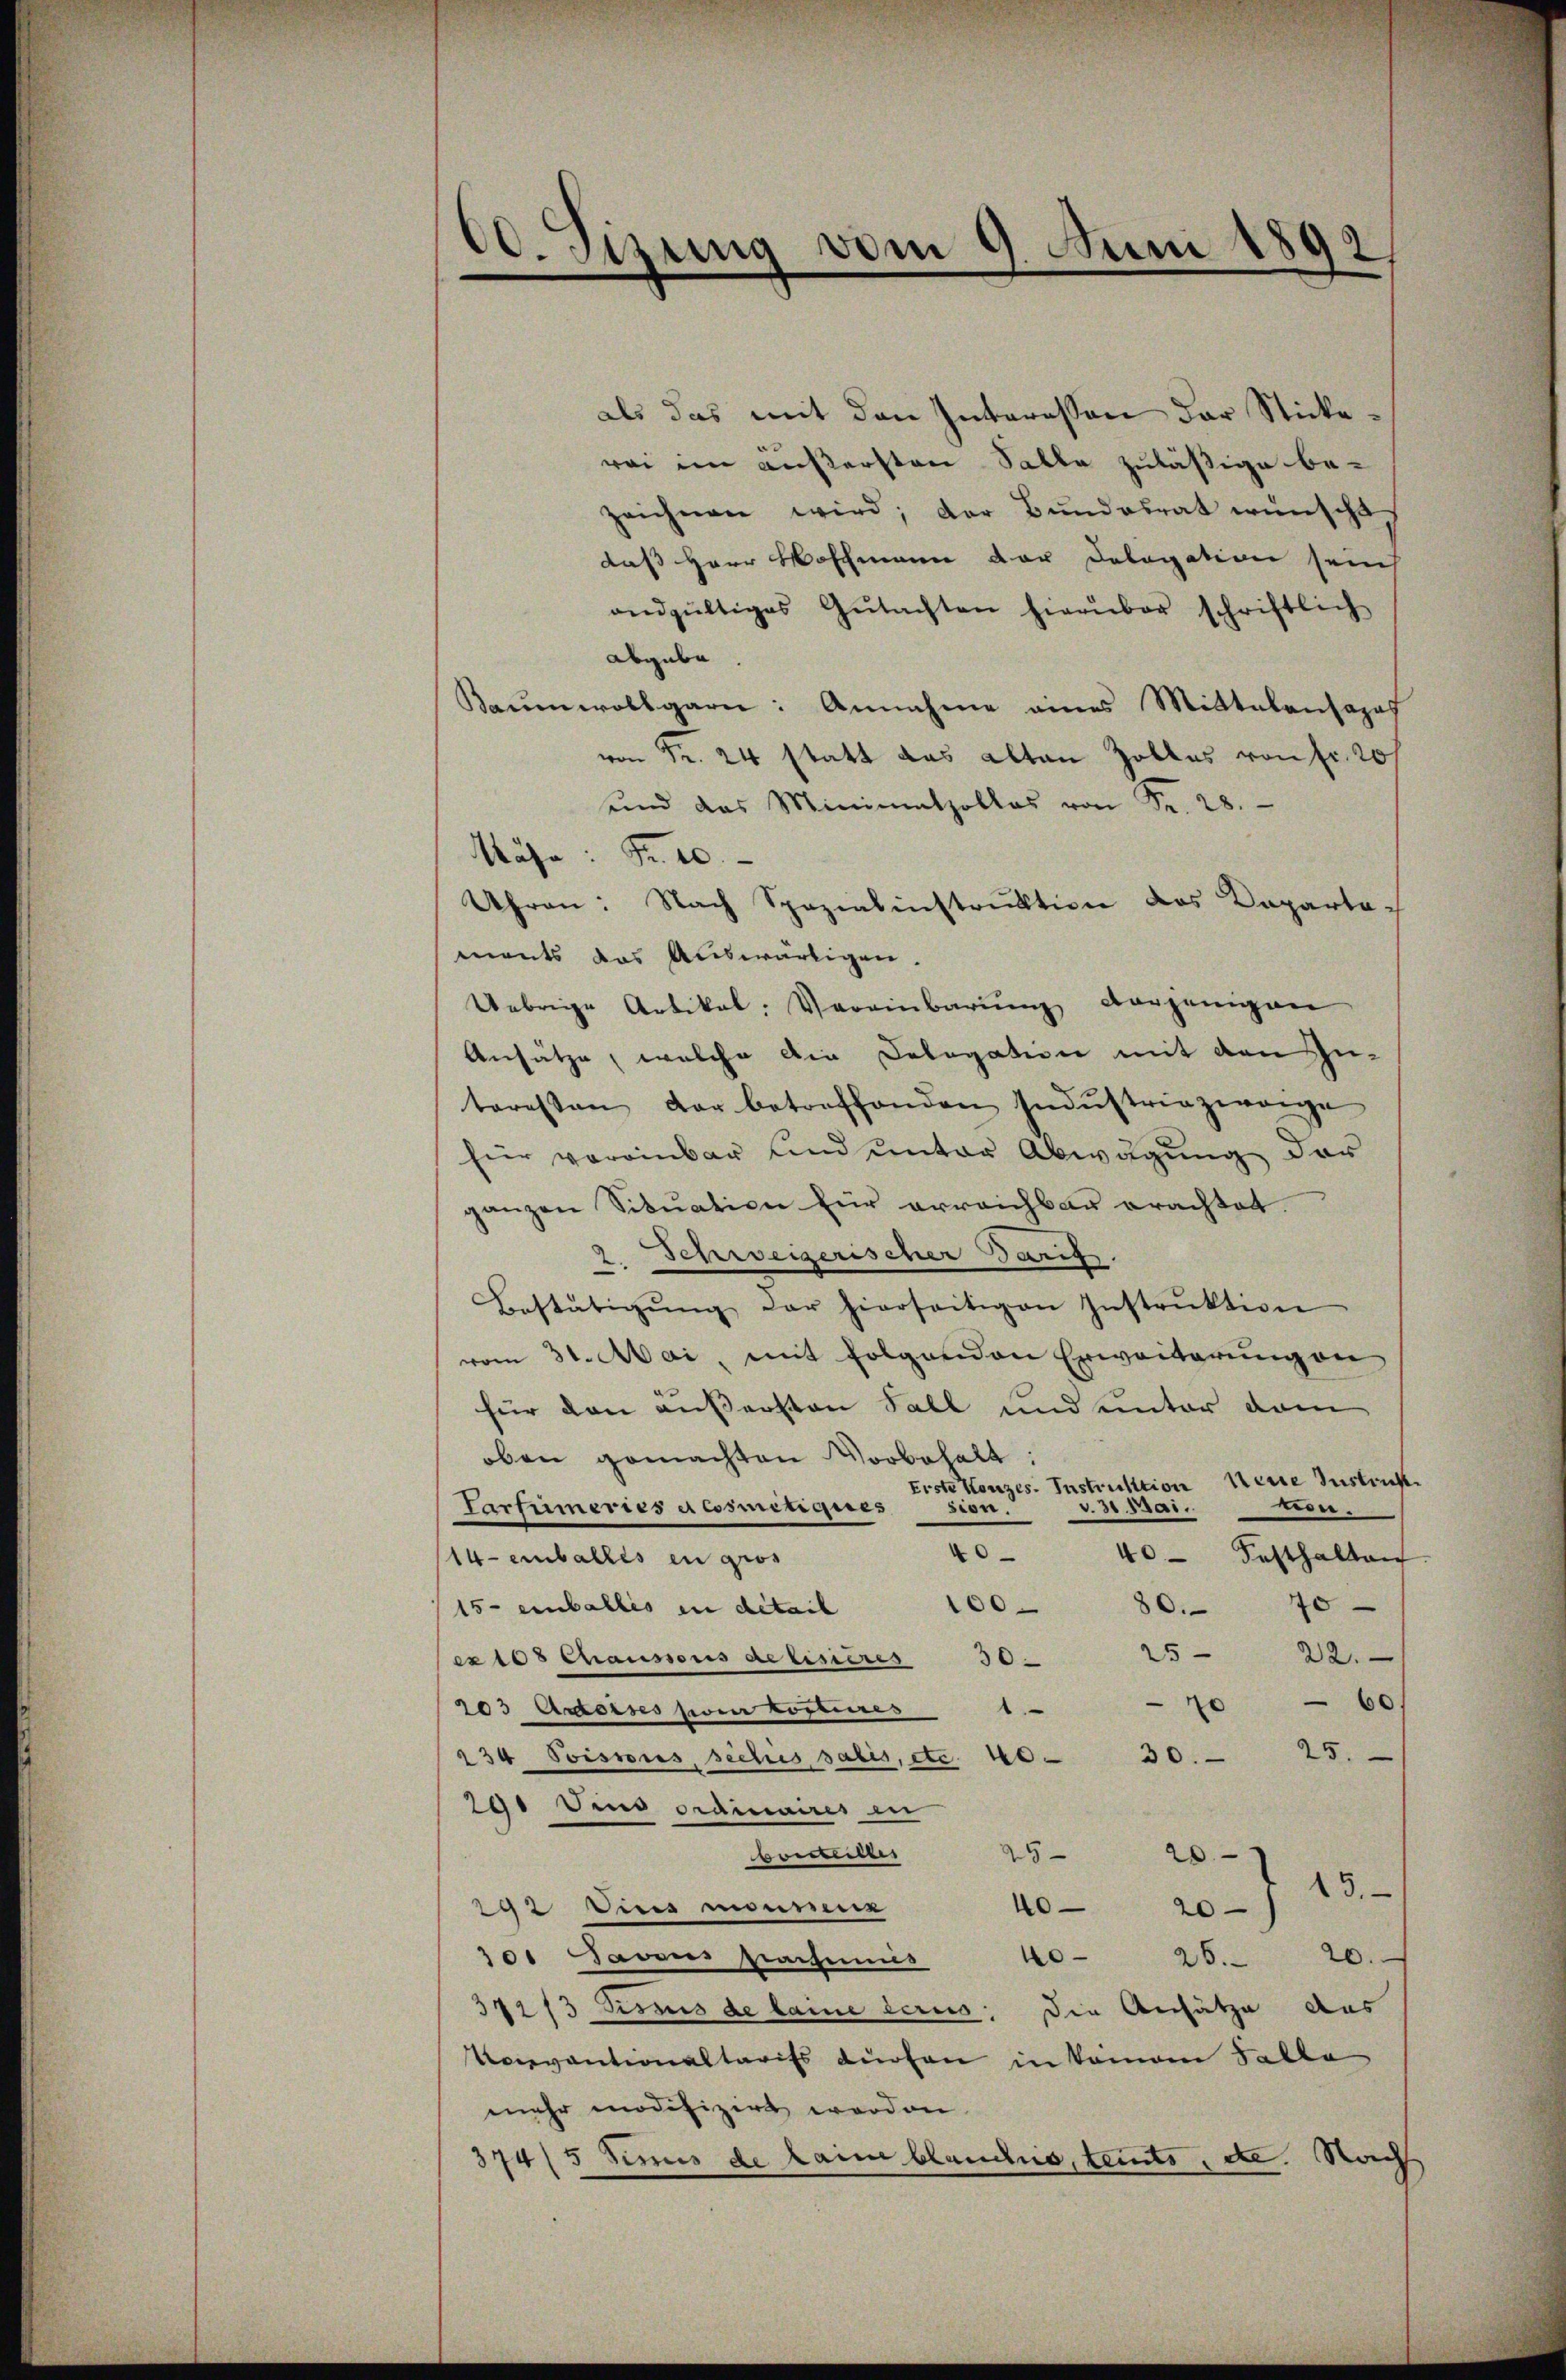
30. Sizung vom 9. Juni 1892/

als das mit den Interessen der Stickerei im äußersten Salle zuläßige bezeichnen wird; der Bŭndesrat wünscht
daß Herr Waschmann der Delegation sein
andgültiges Gŭtachten hierüber schriftlich
abgebe
Baumwollgarn: Annahme eines Mittalantages
von Fr. 24 statt das alten Zolles von fr. 20/
und das Minimathollas von Fr. 28.
Mähe. Fr. 10.
Uhren: Nach Spezialinstruktion des Kapartaments das Auswärtigen.
Uebrige Artikal. Vereinbarŭng derjenigen
Ansätze, welche die Delegation mit den Zu-
toresten der betreffenden Indŭstriezwange
für vereinbar und unter Abwägung der
ganzen Situation für erreichbar erachtet.
2. Schweizerischer darf.
Bestätigŭng der hierseitigen Instrŭktion
vom 31. Mai, mit folgenden Erweiterung an
für den äußersten Fall und unter dam
oben gemachten Vorbehalt
Erste Konzes. Instruktion Neue Instruck.
v. 31. Mai.
mon.
Tartümeries a cosmetiques sion.
40
40 Festhalten
14 - einballes in gros
100
80. 70
15- einballis in detail
22.
e108 Chausous detisieres 30. 25
60
70
203 Actorses pour toptieres 1
234 Poissous, siches satis, etc. 10. 30. 25.
291 Sind ordinaires in
borsteller
25 - 209
15.
292 in einer
40- 20)
701 Javous passimis 40. 25. 20.
342/3 Sismus de laine scrus; die Ansätze aus
Vocevantionaltarifs dürfen in kamen Falle
mehr modifizirt worden.
374/5 Fenis de laim blauchs, teuts, etc. Nach